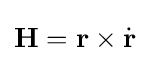
\mathbf {H} =\mathbf {r} \times {\dot {\mathbf {r} }}